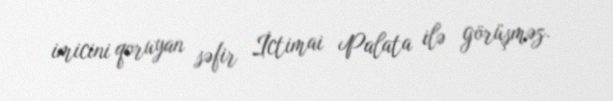
imicini qoruyan səfir İctimai Palata ilə görüşməz.